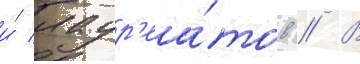
и́ лаур'еа́тов // В